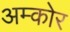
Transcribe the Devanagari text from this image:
अम्कोर